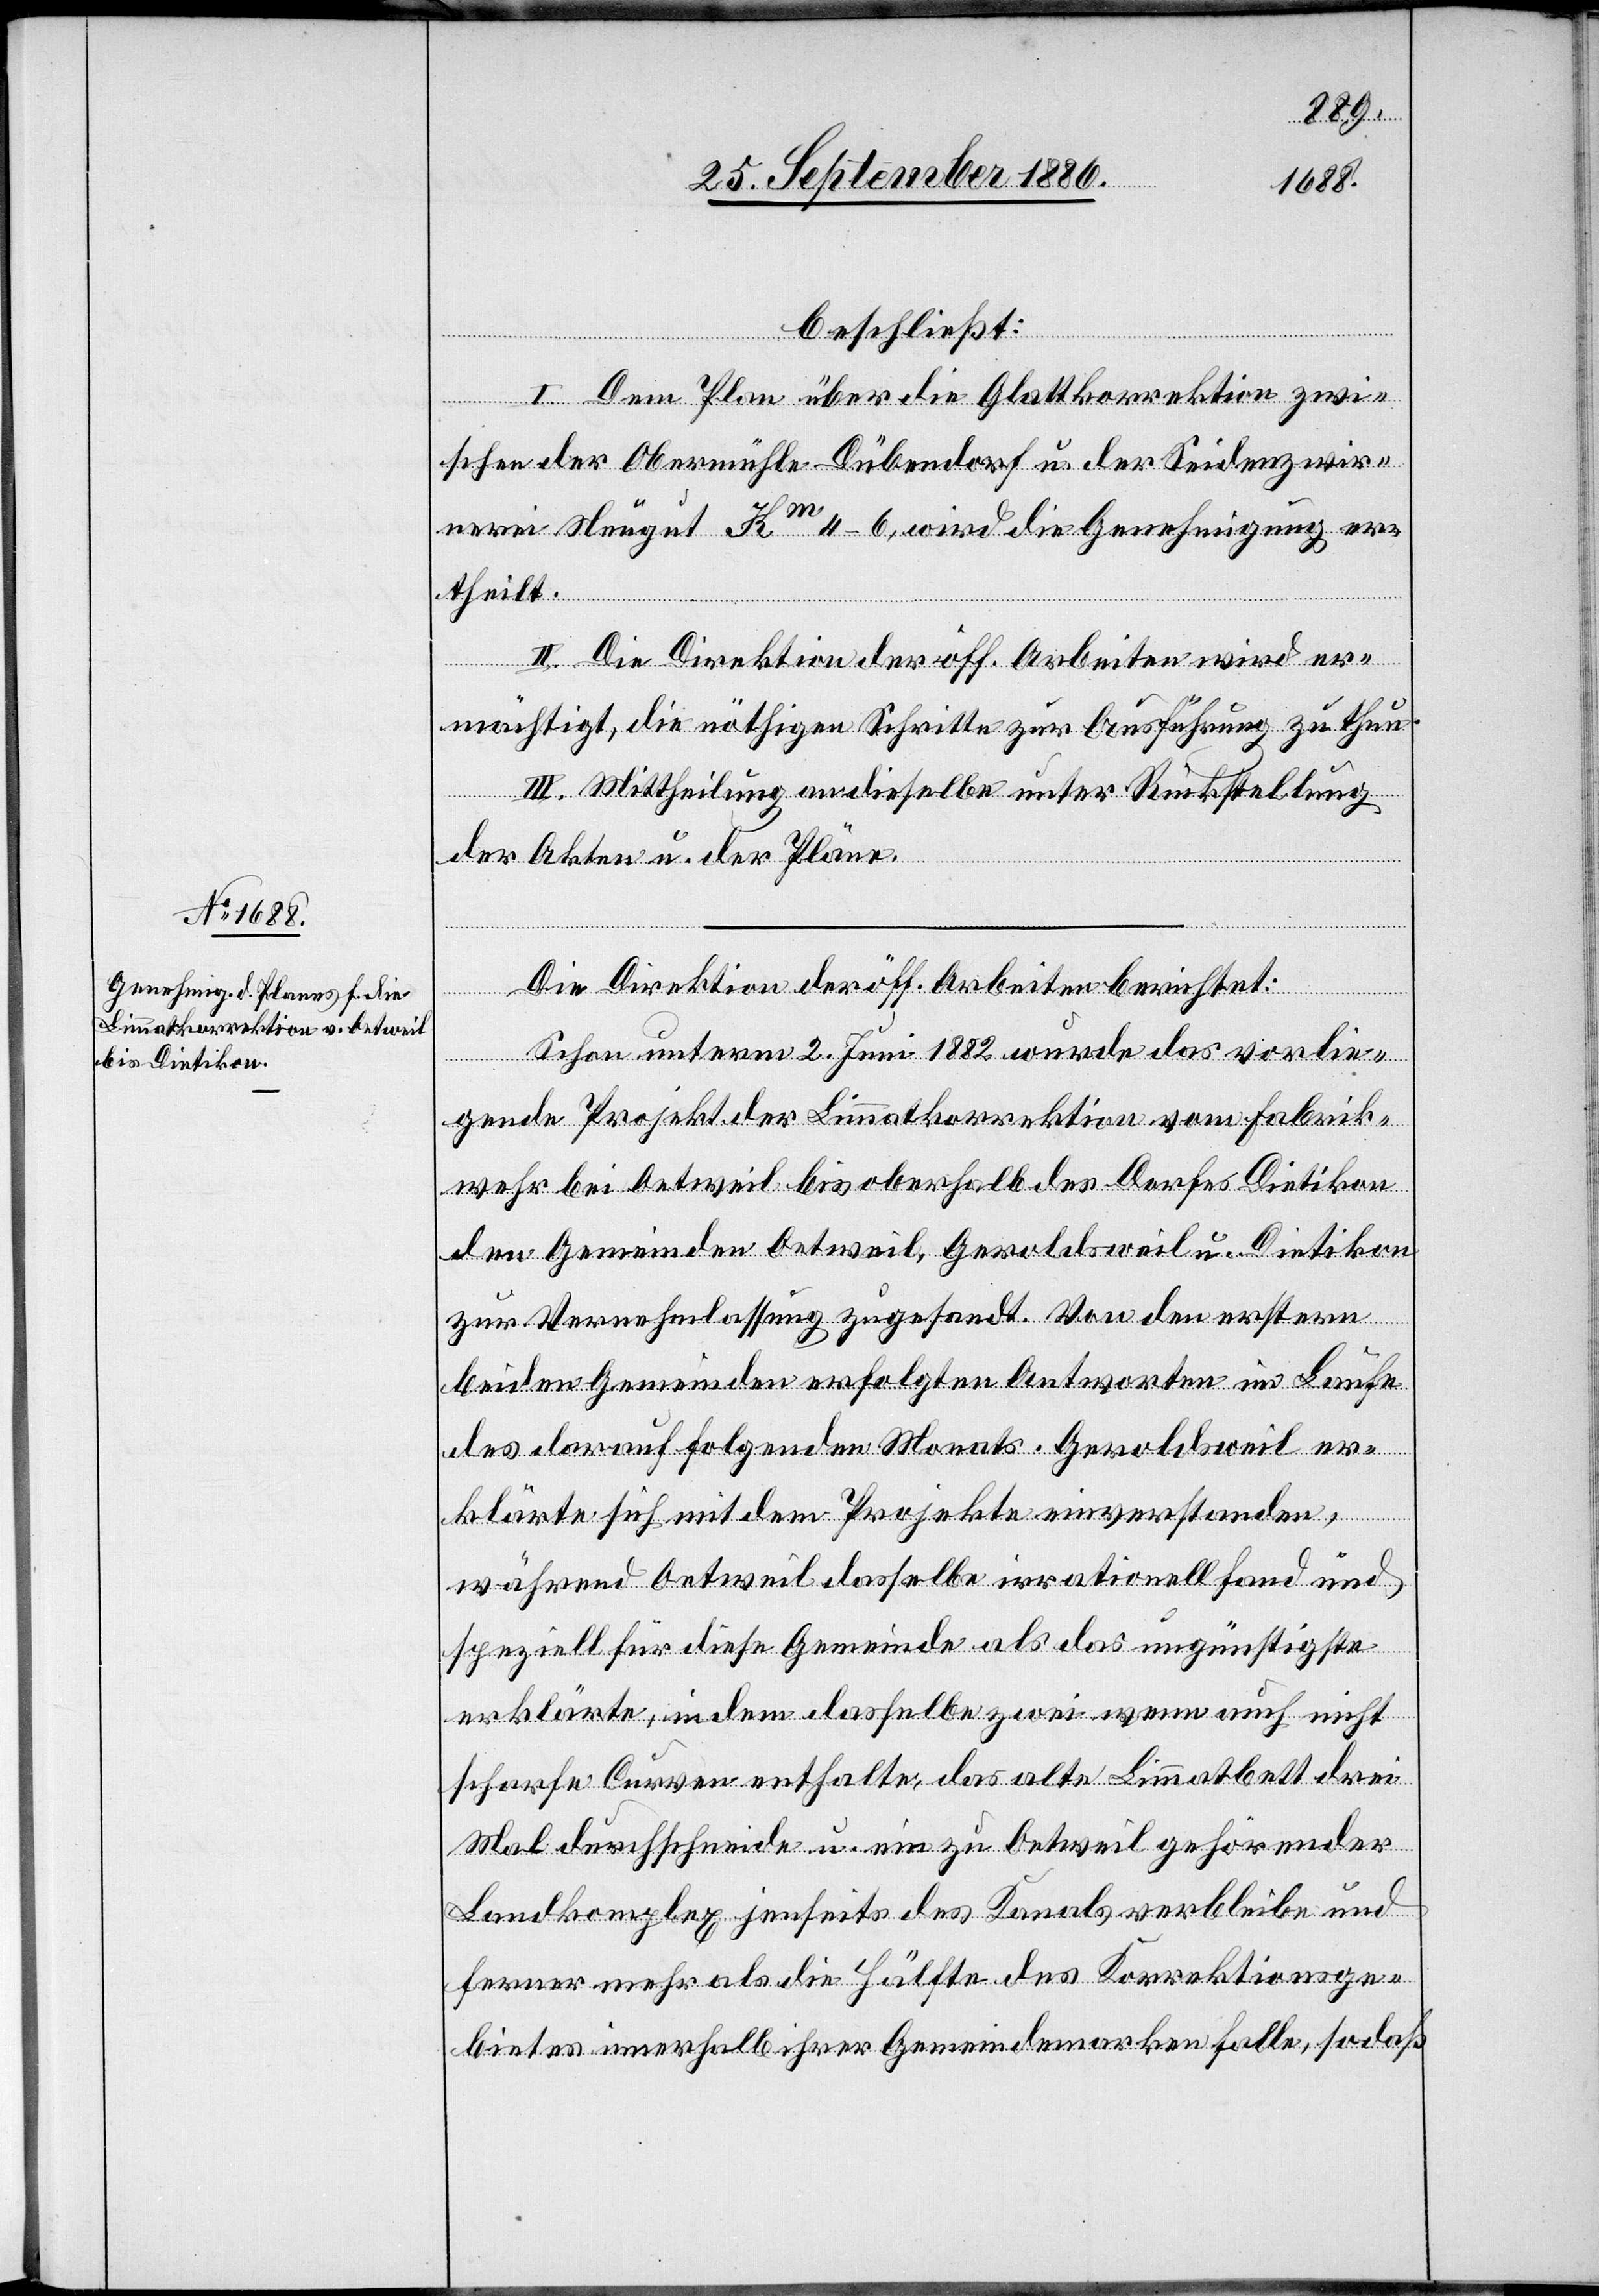
beschließt:
I. Dem Plan über die Glattkorrektion zwi¬
schen der Obermühle Dübendorf u. der Seidenzwir¬
nerei Neugut Km 4–6, wird die Genehmigung er¬
theilt.
II. Die Direktion der öff. Arbeiten wird er¬
mächtigt, die nöthigen Schritte zur Ausführung zu thun.
III. Mittheilung an dieselbe unter Rückstellung
der Akten u. der Pläne.
Die Direktion der öff. Arbeiten berichtet:
Schon unterm 2. Juni 1882 wurde das vorlie¬
gende Projekt der Limmatkorrektion vom Fabrik¬
wehr bei Oetweil bis oberhalb des Dorfes Dietikon
den Gemeinden Oetweil, Geroldsweil u. Dietikon
zur Vernehmlassung zugesandt. Von den erstern
beiden Gemeinden erfolgten Antworten im Laufe
des darauf folgenden Monats. Geroldsweil er¬
klärte sich mit dem Projekte einverstanden,
während Oetweil dasselbe irrationell fand und
speziell für diese Gemeinde als das ungünstigste
erklärte, indem dasselbe zwei wenn auch nicht
scharfe Curven enthalte, das alte Limmatbett drei
Mal durchschneide u. ein zu Oetweil gehörender
Landkomplex jenseits des Kanals verbleibe und
ferner mehr als die Hälfte des Korrektionsge¬
bietes innerhalb ihrer Gemeindemarken falle, sodaß